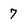
Character: 7